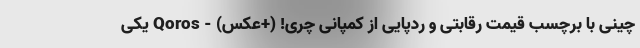
چینی با برچسب قیمت رقابتی و ردپایی از کمپانی چری! (+عکس) - Qoros یکی